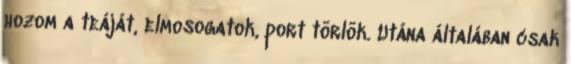
hozom a teáját, elmosogatok, port törlök. Utána általában csak